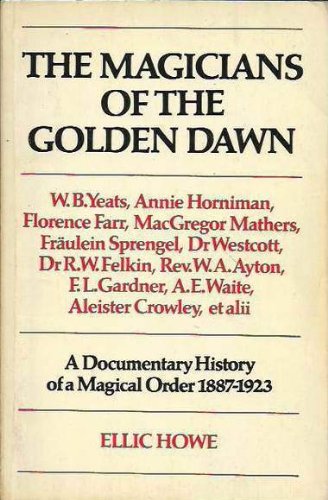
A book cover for Magicians of the Golden Dawn: A Documentary History of a Magical Order, 1887-1923; Ellic Howe; Religion & Spirituality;